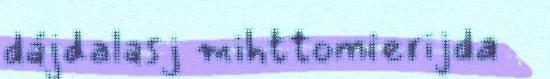
dájdalasj mihttomierijda